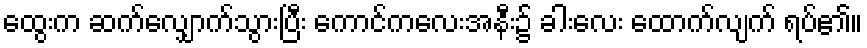
ထွေးက ဆက်လျှောက်သွားပြီး ကောင်ကလေးအနီး၌ ခါးလေး ထောက်လျက် ရပ်၏။